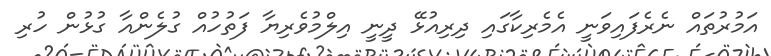
އަމުރުތައް ނެރެފައިވަނީ އެމެރިކާގައި ދިރިއުޅޭ ދީނީ އިލްމުވެރިޔާ ފަތުހުއް ގުލެންއާ ގުޅުން ހުރި